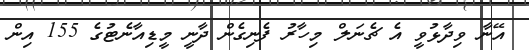
އޭނާ ވިދާޅުވީ އެ ޗެނަލް މިހާރު ފެނިގެން ދާނީ މީޑިއާނެޓުގެ 155 އިން